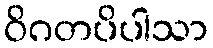
ဝိဂတပိပါသာ